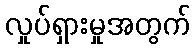
လှုပ်ရှားမှုအတွက်